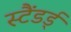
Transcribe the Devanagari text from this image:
स्टैंडर्ड्